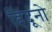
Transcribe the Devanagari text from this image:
हिंदूंनो